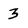
Character: 3